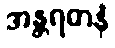
အန္တရဓာနံ